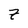
Character: 7